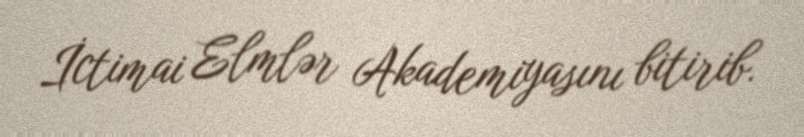
İctimai Elmlər Akademiyasını bitirib.